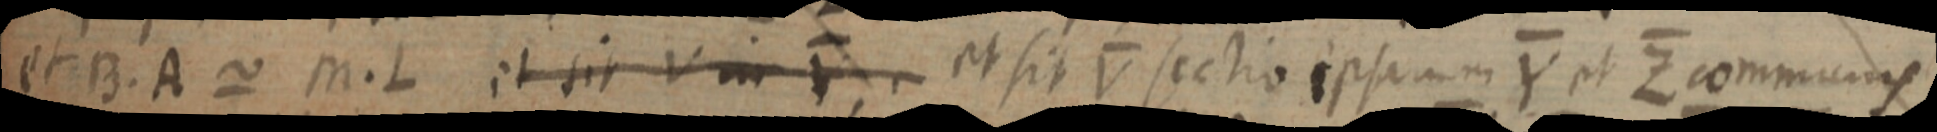
et B. A ~ M. L et sit V in Y; et sit V sectio ipsam Y et Z communis